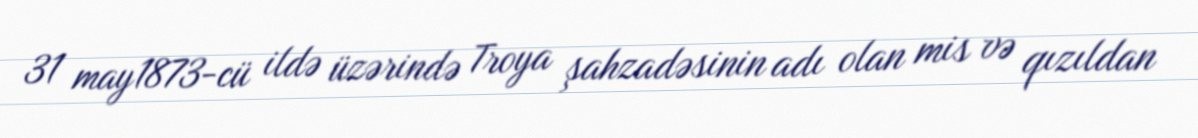
31 may1873-cü ildə üzərində Troya şahzadəsinin adı olan mis və qızıldan